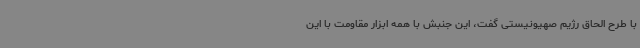
با طرح الحاق رژیم صهیونیستی گفت، این جنبش با همه ابزار مقاومت با این